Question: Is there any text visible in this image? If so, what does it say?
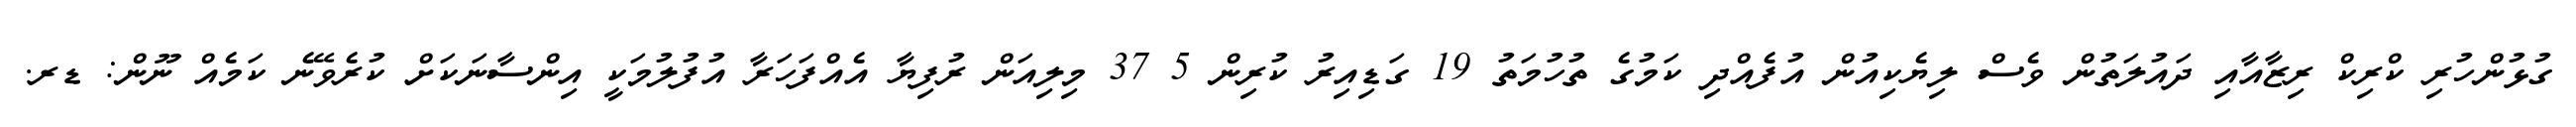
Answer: ގުޅުންހުރި ކްރިކް ރިޒާއާއި ދައުލަތުން ވެސް ލިޔެކިއުން އުފެއްދި ކަމުގެ ތުހުމަތު 19 ގަޑިއިރު ކުރިން 5 37 މިލިއަން ރުފިޔާ އެއްފަހަރާ އުފުލުމަކީ އިންސާނަކަށް ކުރެވޭނެ ކަމެއް ނޫން: ޑރ.